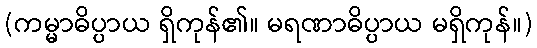
(ကမ္မာဓိပ္ပာယ ရှိကုန်၏။ မရဏာဓိပ္ပာယ မရှိကုန်။)